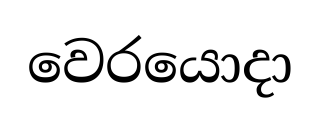
වෙරයොදා